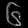
Digit: ၆